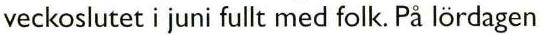
veckoslutet i juni fullt med folk. På lördagen